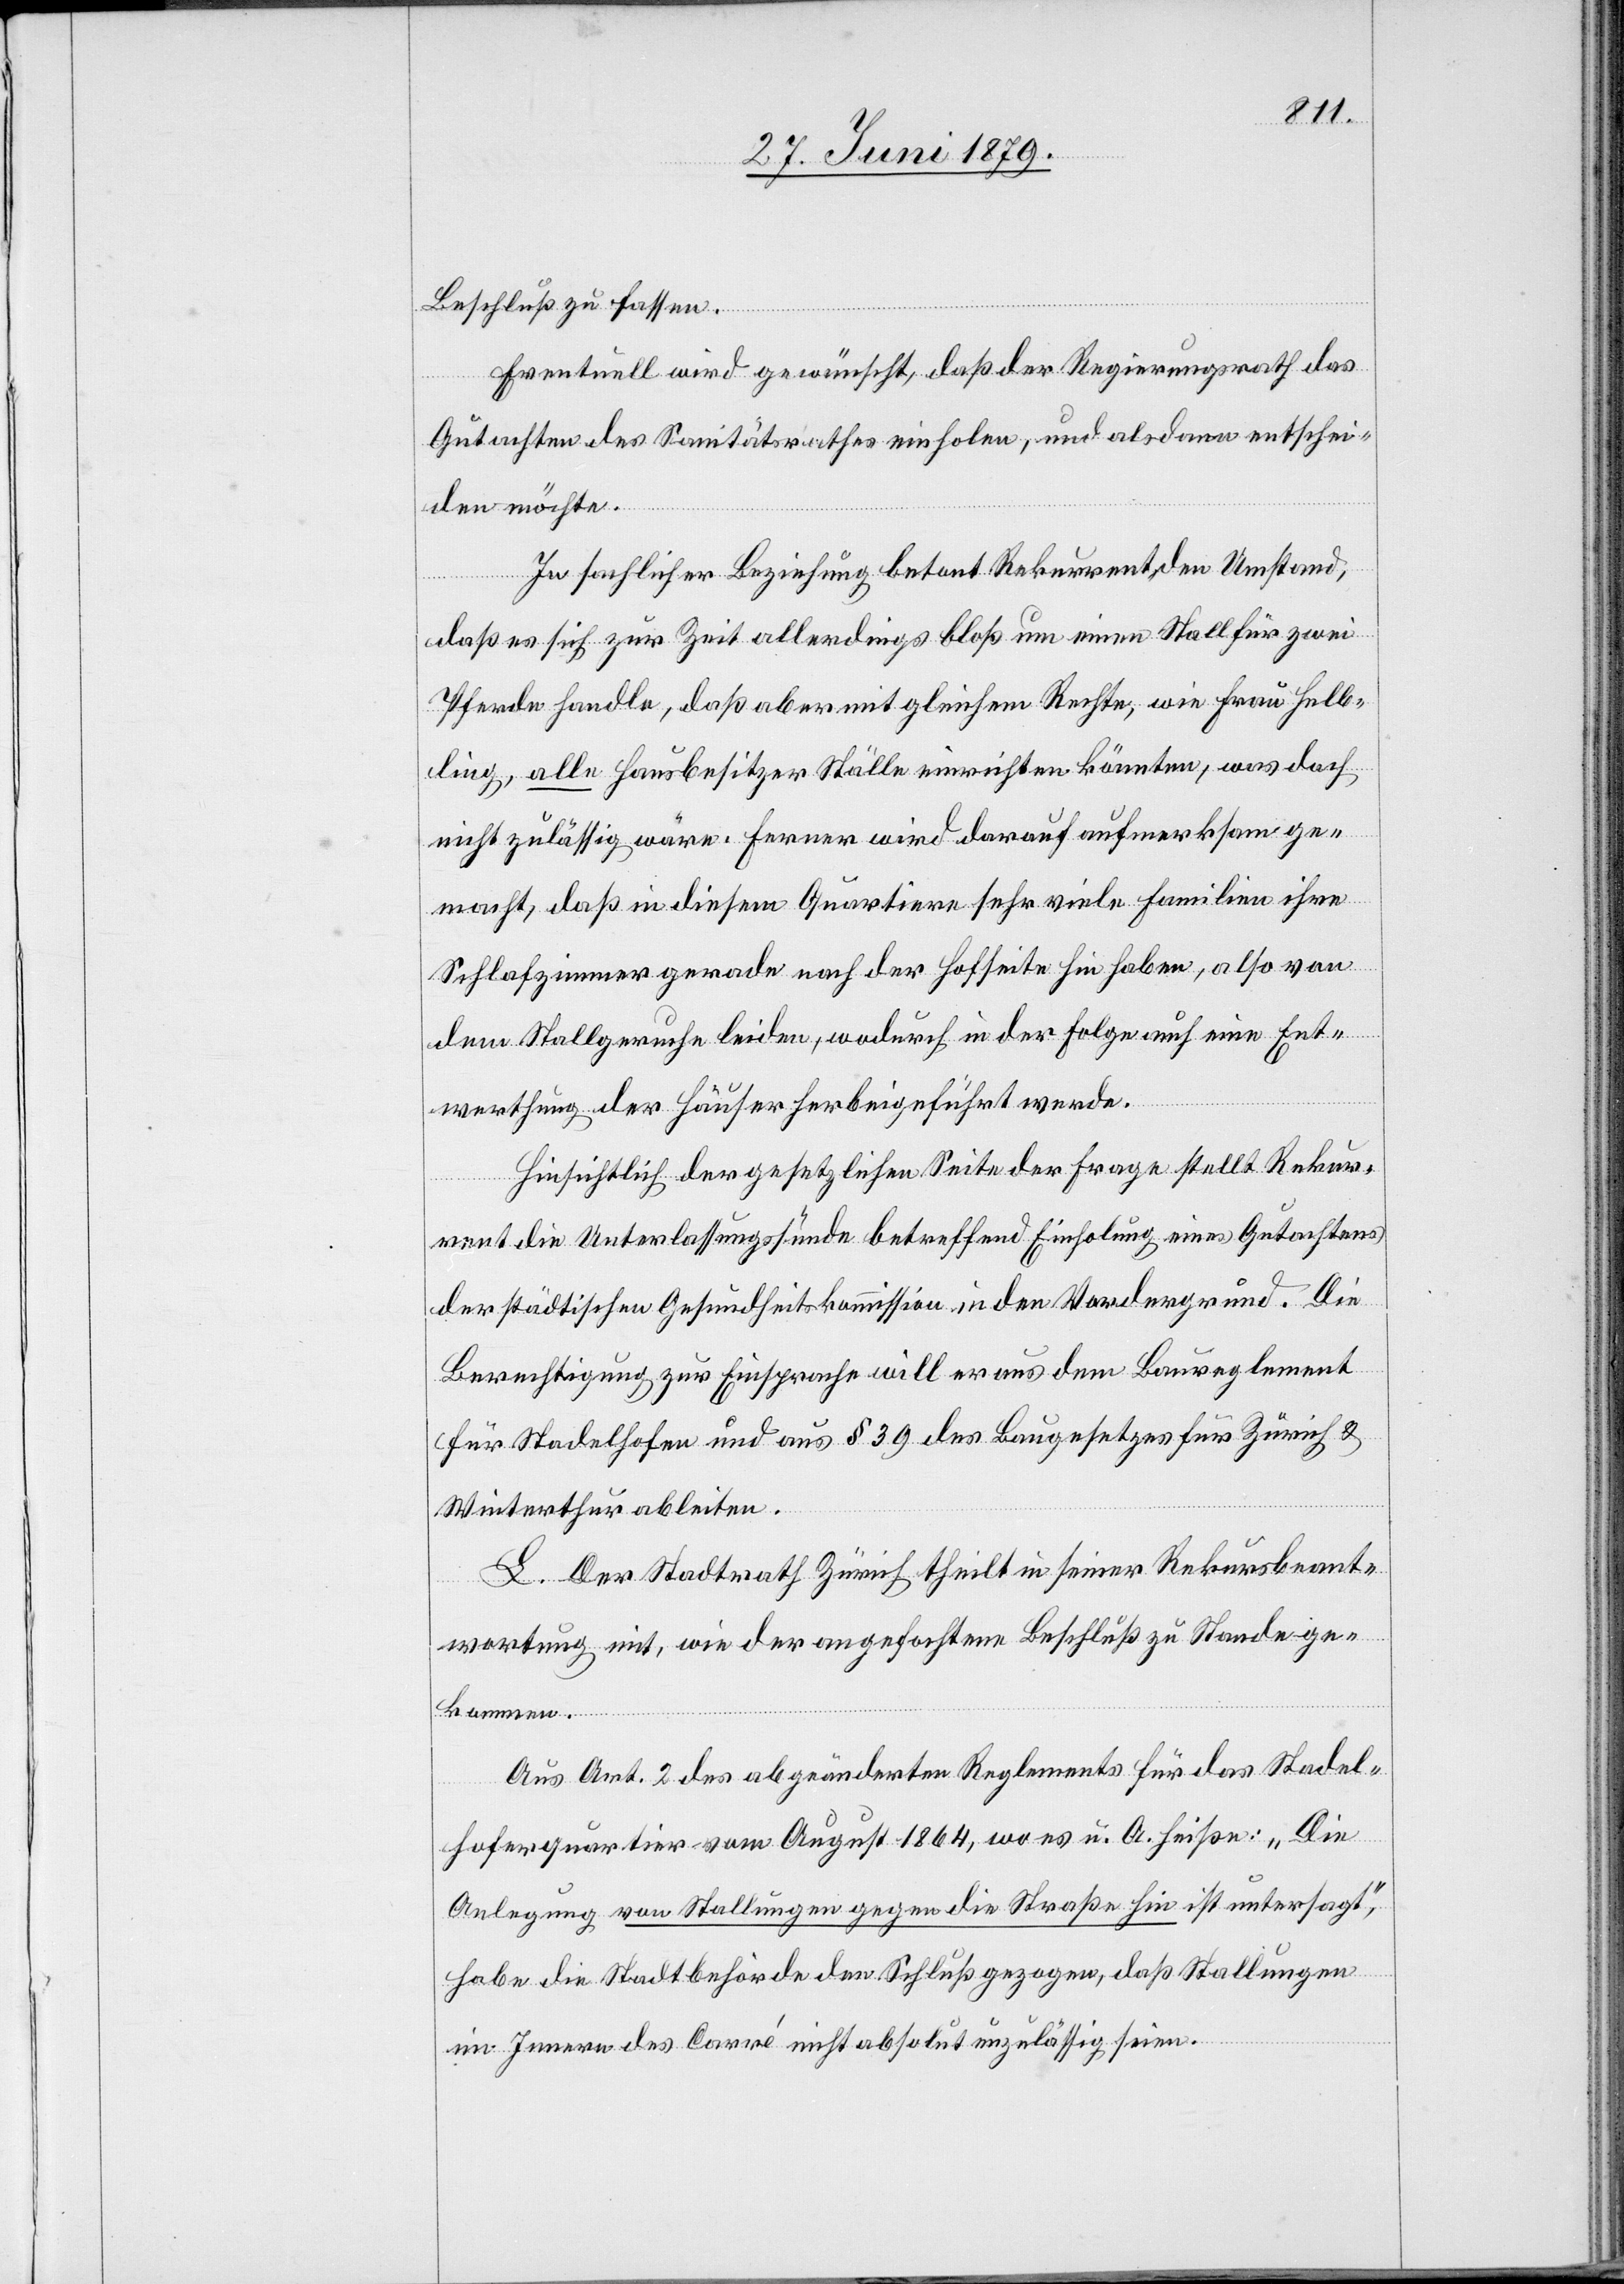
Beschluß zu fassen.
Eventuell wird gewünscht, daß der Regierungsrath das
Gutachten des Sanitätsrathes einholen, und alsdann entschei¬
den möchte.
In sachlicher Beziehung betont Rekurrent den Umstand,
daß es sich zur Zeit allerdings bloß um einen Stall für zwei
Pferde handle, daß aber mit gleichem Rechte, wie Frau Helb¬
ling, alle Hausbesitzer Ställe einrichten könnten, was doch
nicht zulässig wäre. Ferner wird darauf aufmerksam ge¬
macht, daß in diesem Quartiere sehr viele Familien ihre
Schlafzimmer gerade nach der Hofseite hin haben, also von
dem Stallgeruche leiden, wodurch in der Folge auch eine Ent¬
werthung der Häuser herbeigeführt werde.
Hinsichtlich der gesetzlichen Seite der Frage stellt Rekur¬
rent die Unterlassungssünde betreffend Einholung eines Gutachtens
der städtischen Gesundheitskommission in den Vordergrund. Die
Berechtigung zur Einsprache will er aus dem Baureglement
für Stadelhofen und aus § 39 des Baugesetzes für Zürich &
Winterthur ableiten.
L. Der Stadtrath Zürich theilt in seiner Rekursbeant¬
wortung mit, wie der angefochtene Beschluß zu Stande ge¬
kommen.
Aus Art. 2 des abgeänderten Reglements für das Stadel¬
hoferquartier vom August 1864, wo es u. A. heiße: „Die
Anlegung von Stallungen gegen die Straße hin ist untersagt“,
habe die Stadtbehörde den Schluß gezogen, daß Stallungen
im Innern des Carré nicht absolut unzulässig seien.